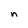
Character: n